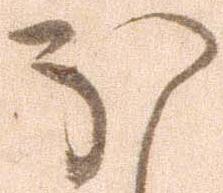
ほ